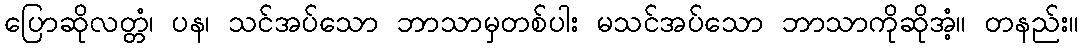
ပြောဆိုလတ္တံ၊ ပန၊ သင်အပ်သော ဘာသာမှတစ်ပါး မသင်အပ်သော ဘာသာကိုဆိုအံ့။ တနည်း။